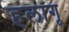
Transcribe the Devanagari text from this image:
हलागू